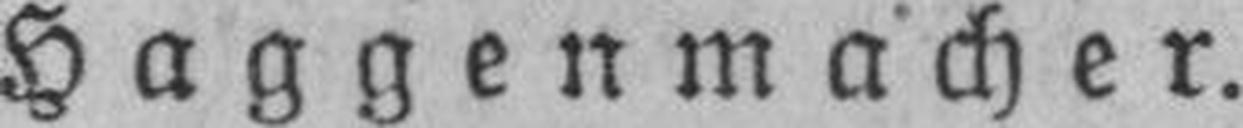
Haggenmacher.